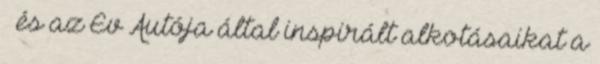
– és az Év Autója által inspirált alkotásaikat a